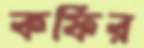
কফির